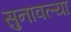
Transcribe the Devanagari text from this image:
सुनावल्या